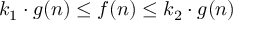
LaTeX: k _ { 1 } \cdot g ( n ) \leq f ( n ) \leq k _ { 2 } \cdot g ( n )